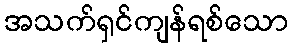
အသက်ရှင်ကျန်ရစ်သော